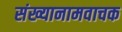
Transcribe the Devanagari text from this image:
संख्यानामवाचक